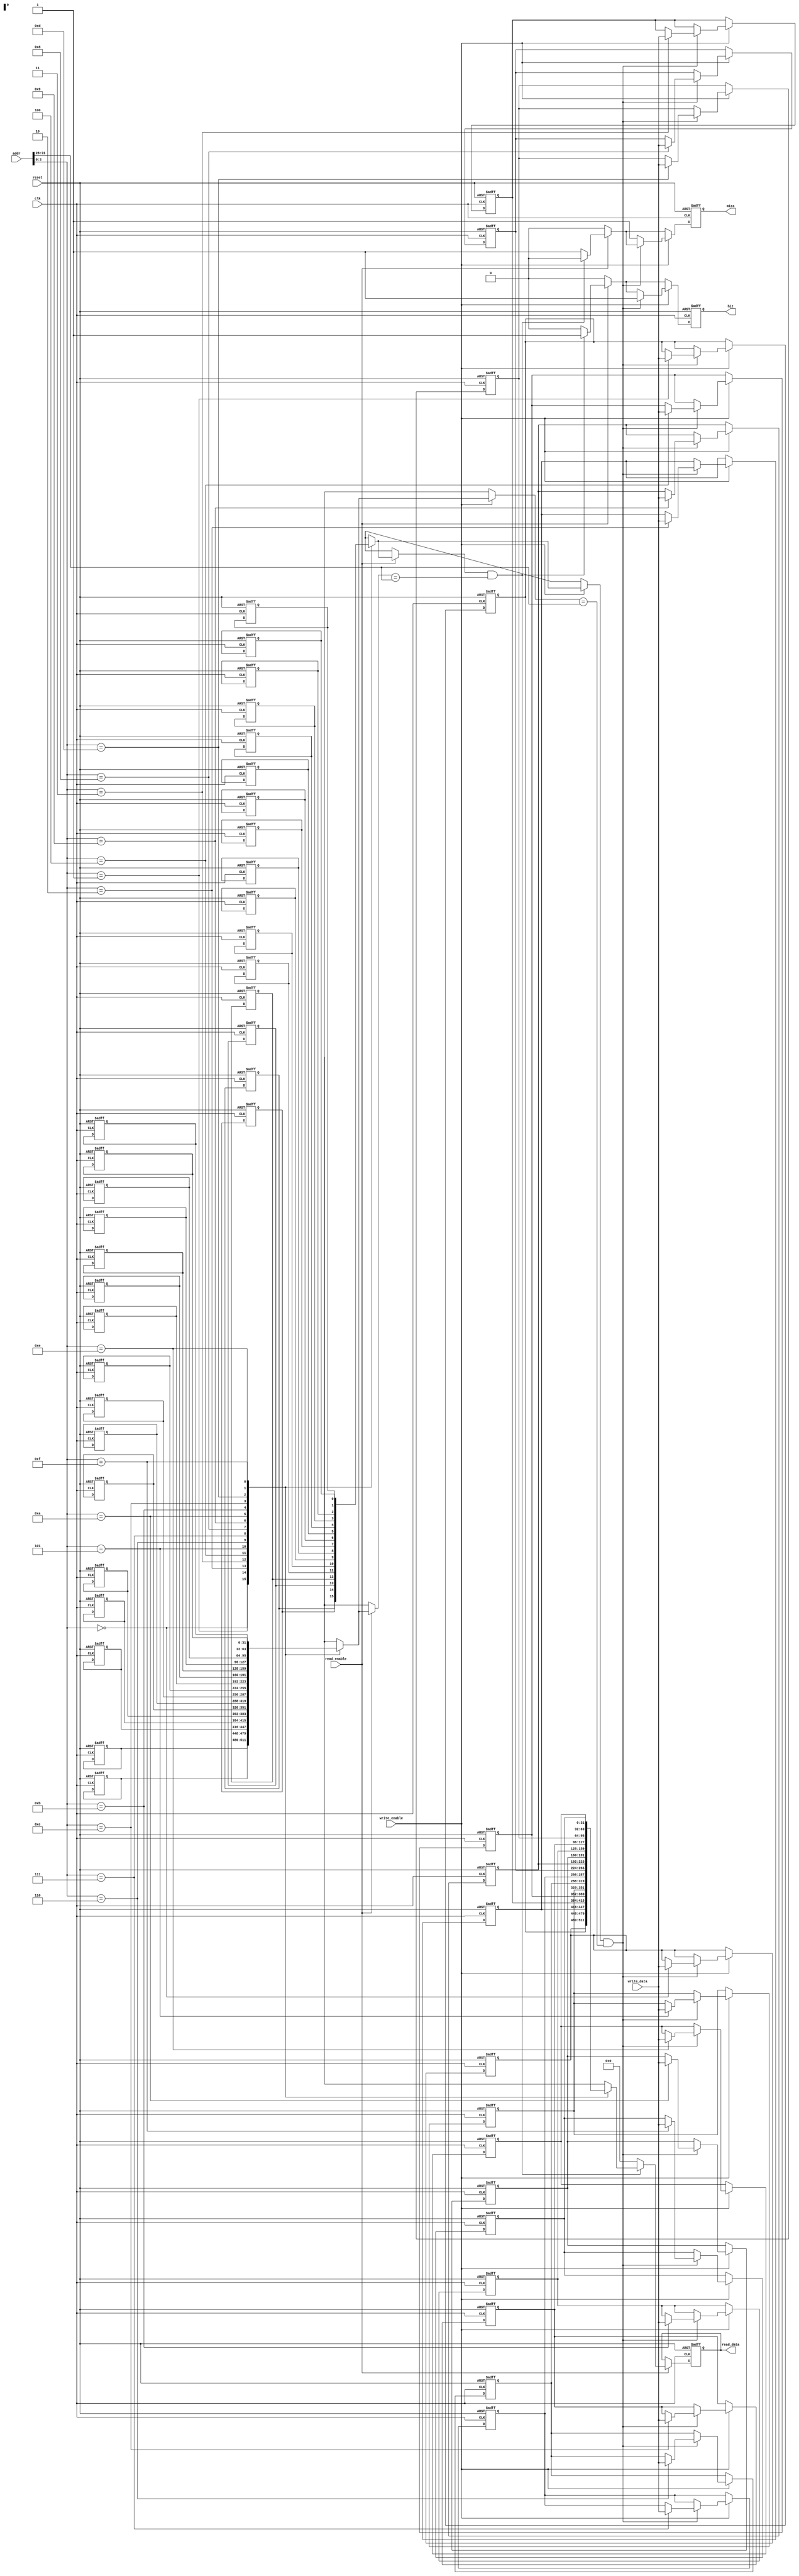
module PrivateCache #(
    parameter CACHE_SIZE = 256, // Cache size in bytes
    parameter BLOCK_SIZE = 16,   // Block size in bytes
    parameter NUM_BLOCKS = CACHE_SIZE / BLOCK_SIZE, // Number of cache blocks
    parameter ADDR_WIDTH = 32,   // Address width
    parameter DATA_WIDTH = 32    // Data width
)(
    input wire clk,
    input wire reset,
    input wire [ADDR_WIDTH-1:0] addr, // Address for read/write
    input wire [DATA_WIDTH-1:0] write_data, // Data to write
    input wire read_enable, // Read enable signal
    input wire write_enable, // Write enable signal
    output reg [DATA_WIDTH-1:0] read_data, // Data read from cache
    output reg hit, // Cache hit signal
    output reg miss // Cache miss signal
);

    // Cache line structure
    reg [ADDR_WIDTH-1:0] tags [0:NUM_BLOCKS-1]; // Tags for each block
    reg [DATA_WIDTH-1:0] data [0:NUM_BLOCKS-1]; // Data for each block
    reg valid [0:NUM_BLOCKS-1]; // Valid bits for each block
    reg dirty [0:NUM_BLOCKS-1]; // Dirty bits for write-back policy

    // Cache hit/miss tracking
    integer i;

    // Calculate index and tag from address
    wire [ADDR_WIDTH-1:0] tag = addr[ADDR_WIDTH-1:ADDR_WIDTH - $clog2(NUM_BLOCKS)];
    wire [$clog2(NUM_BLOCKS)-1:0] index = addr[$clog2(NUM_BLOCKS)-1:0];

    always @(posedge clk or posedge reset) begin
        if (reset) begin
            // Reset cache
            for (i = 0; i < NUM_BLOCKS; i = i + 1) begin
                valid[i] <= 0;
                dirty[i] <= 0;
                tags[i] <= 0;
                data[i] <= 0;
            end
            read_data <= 0;
            hit <= 0;
            miss <= 0;
        end else begin
            hit <= 0;
            miss <= 0;

            // Read operation
            if (read_enable) begin
                if (valid[index] && (tags[index] == tag)) begin
                    // Cache hit
                    read_data <= data[index];
                    hit <= 1;
                end else begin
                    // Cache miss
                    read_data <= 0; // Placeholder for main memory fetch
                    miss <= 1;
                    // Fetch data from main memory and update cache (not implemented here)
                end
            end

            // Write operation
            if (write_enable) begin
                if (valid[index] && (tags[index] == tag)) begin
                    // Cache hit - write to cache
                    data[index] <= write_data;
                    dirty[index] <= 1; // Mark block as dirty
                    hit <= 1;
                end else begin
                    // Cache miss
                    miss <= 1;
                    // Fetch block from main memory (not implemented here)
                    // Then write to cache (not implemented here)
                end
            end
        end
    end
endmodule